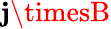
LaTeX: \mathbf{j}\timesB